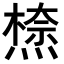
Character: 𭵾